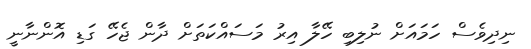
ނިދިވެސް ހަމައަށް ނުލިބި ހޭލާ އިރު މަސައްކަތަށް ދާން ޖެހޭ ގަޑި އޮންނާނީ